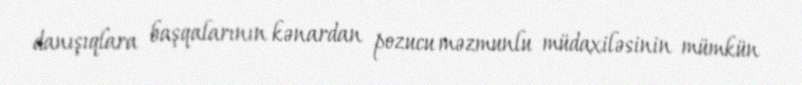
danışıqlara başqalarının kənardan pozucu məzmunlu müdaxiləsinin mümkün